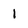
Character: I